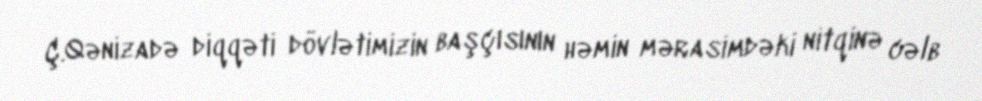
Ç.Qənizadə diqqəti dövlətimizin başçısının həmin mərasimdəki nitqinə cəlb